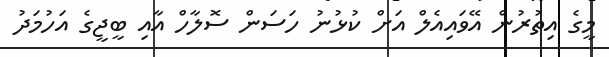
މީގެ އިތުރުން އޭވައިއެލް އަށް ކުޅުނު ހަސަން ސޮލާހް އާއި ބީޖީގެ އަހުމަދު